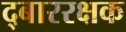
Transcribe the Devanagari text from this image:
द्बाररक्षक